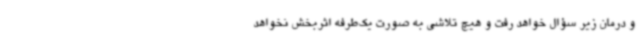
و درمان زیر سؤال خواهد رفت و هیچ تلاشی به صورت یک‌طرفه اثربخش نخواهد